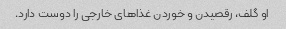
او گلف، رقصیدن و خوردن غذاهای خارجی را دوست دارد.